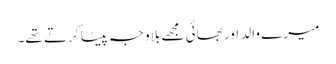
میرے والد اور بھائی مجھے بلاوجہ پیٹا کرتے تھے۔